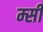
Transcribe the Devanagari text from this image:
म्सी